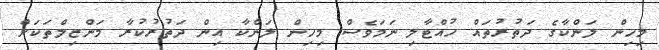
މިހިން ލަންކާގެ ދަތުރުތައް ހުއްޓާލި ނަމަވެސް މިހިން ލަންކާ އިން ދަތުރުކުރާ މަންޒިލްތަކަށް